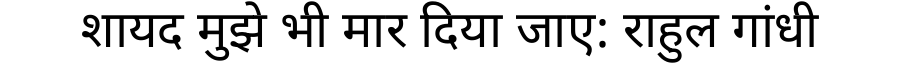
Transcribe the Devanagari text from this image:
शायद मुझे भी मार दिया जाए: राहुल गांधी